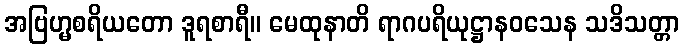
အဗြဟ္မစရိယတော ဒူရစာရီ။ မေထုနာတိ ရာဂပရိယုဋ္ဌာနဝသေန သဒိသတ္တာ